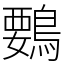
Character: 䳩